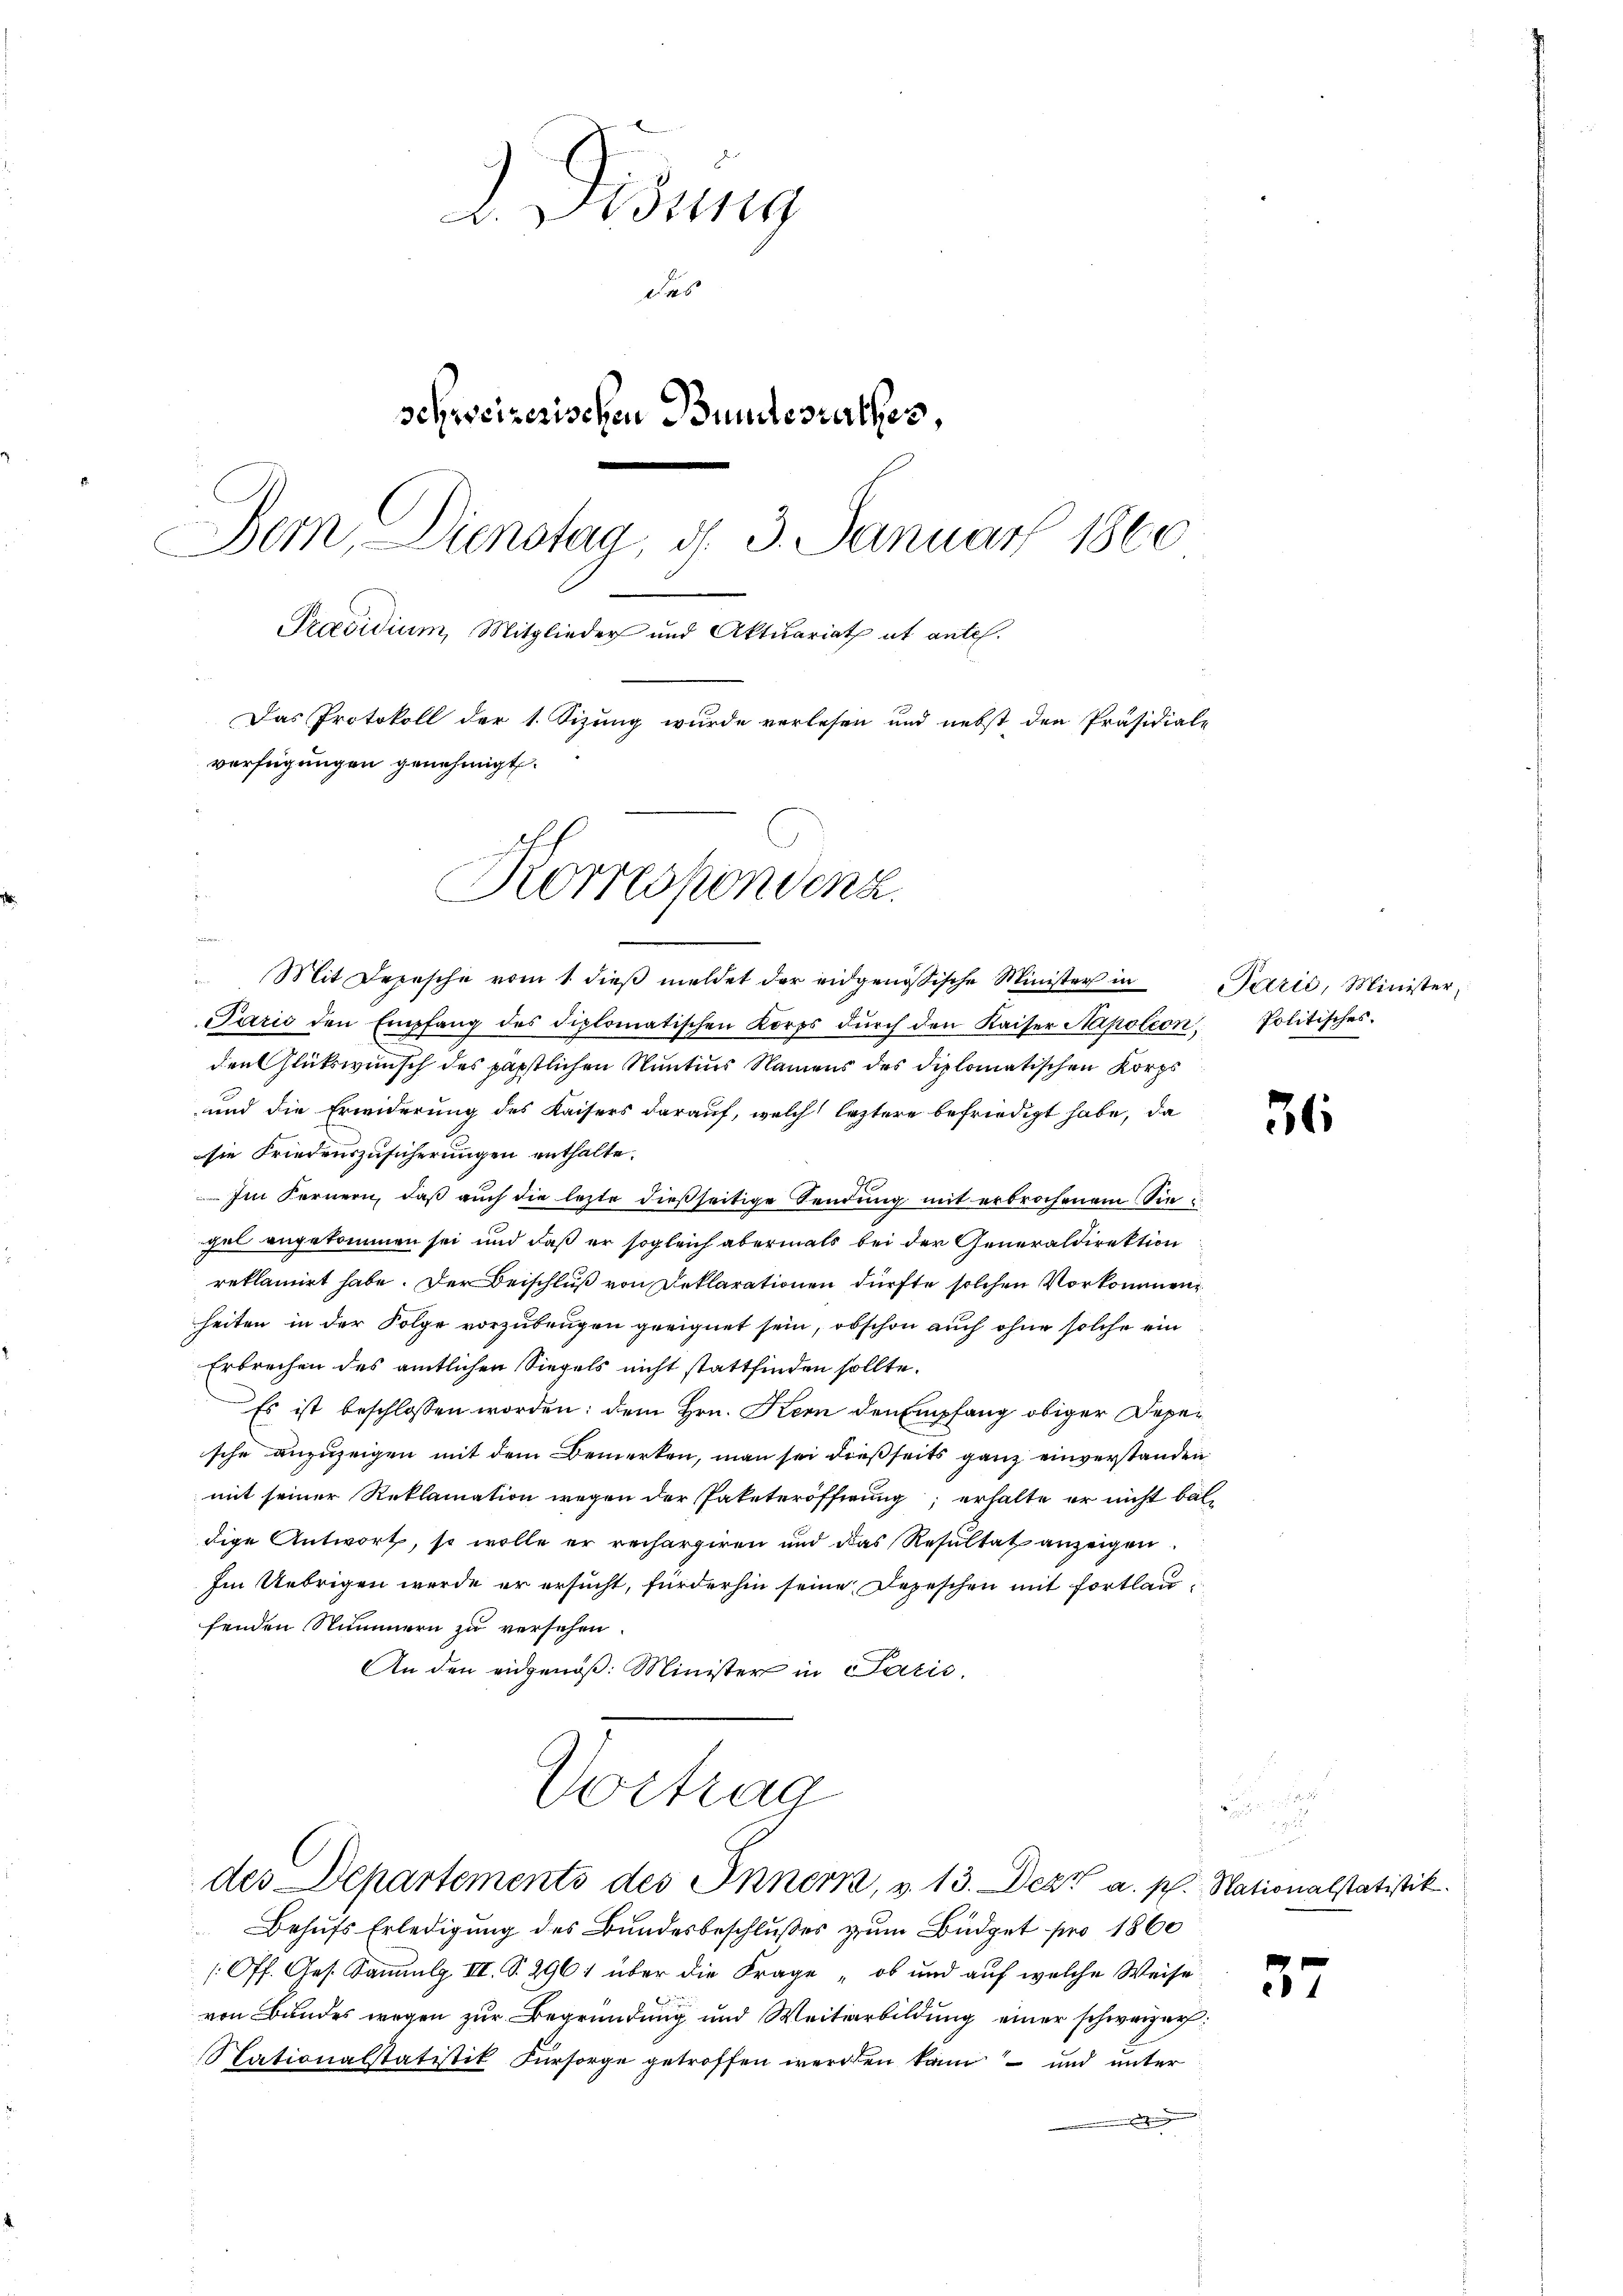
2. Disung
das
schreizerischen Bundesrathes,
Bern Dienstaa, d. 3. Januar 1860
Praesidium, Mitglieder und Aktuariat ab antel¬
Das Protokoll der 1. Sizung wurde verlesen und nebst den Präsidiale
verfügungen genehmigt.
Korrespondenz.
n

Mit Depesche vom 1. dieß meldet der eidgenössische Minister in
Parić den Empfang des diplomatischen Korps dŭrch den Kaiser Napoleon Politisches.
den Glückwunsch des päpstlichen Nantius Namens des diplomatischen Korps
und die Erwiderung des Kaisers darauf, welch leztere befriedigt habe, da
sie Friedenszusicherungen enthalte.
 Im Fernern, daß auch die lezte dießseitige Sendung mit erbrochenem Sie
gel angekommen sei und daß er sogleich abermals bei der Generaldirektion
reklamirt habe. Der Beischluß von Deklarationen dürfte solchen Vorkommen
heiten in der Folge vorzubeugen geeignet sein, obschon auch ohne solche ein
Erbrechen des amtlichen Siegels nicht stattfinden sollte.
Es ist beschlossen worden; dem Hrn. Kern den Empfang obiger Depesche anzuzeigen mit dem Bemerken, man sei dießseits ganz einverstanden
mit seiner Reklamation wegen der Paketeröfferung, erhalte er nicht bal
dige Antwort, so wolle er rechargiren und das Resultat anzeigen
Im Uebrigen werde er ersucht, fürderhin seine Depeschen mit fortlaufenden Nummern zu versehen.
An den eidgenöß: Minister in Paris
Vortrag
.
des Departements des Innern, v. 13. Dez. a. p. Nationalstatistik
Behufs Erledigung des Bundesbeschlußes zum Büdget pro 1860
(Off. Ges. Sammlg. II. S. 2961 über die Frage „ob und auf welche Weise
von Bundes wegen zur Begründung und Weiterbildung einer schweizerf
Stationalstatistik Fürsorge getroffen werden kann – und unter
d

Parić, Minister,

36

57